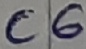
Text: C6